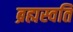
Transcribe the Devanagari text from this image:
ब्रह्मस्वति